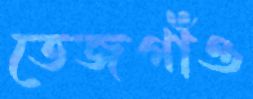
তেজগাঁও